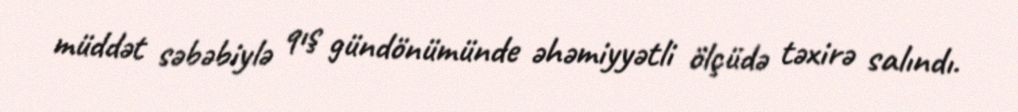
müddət səbəbiylə qış gündönümünde əhəmiyyətli ölçüdə təxirə salındı.